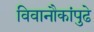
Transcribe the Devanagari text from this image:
विवानौकांपुढे